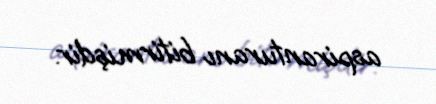
aspiranturanı bitirmişdir.